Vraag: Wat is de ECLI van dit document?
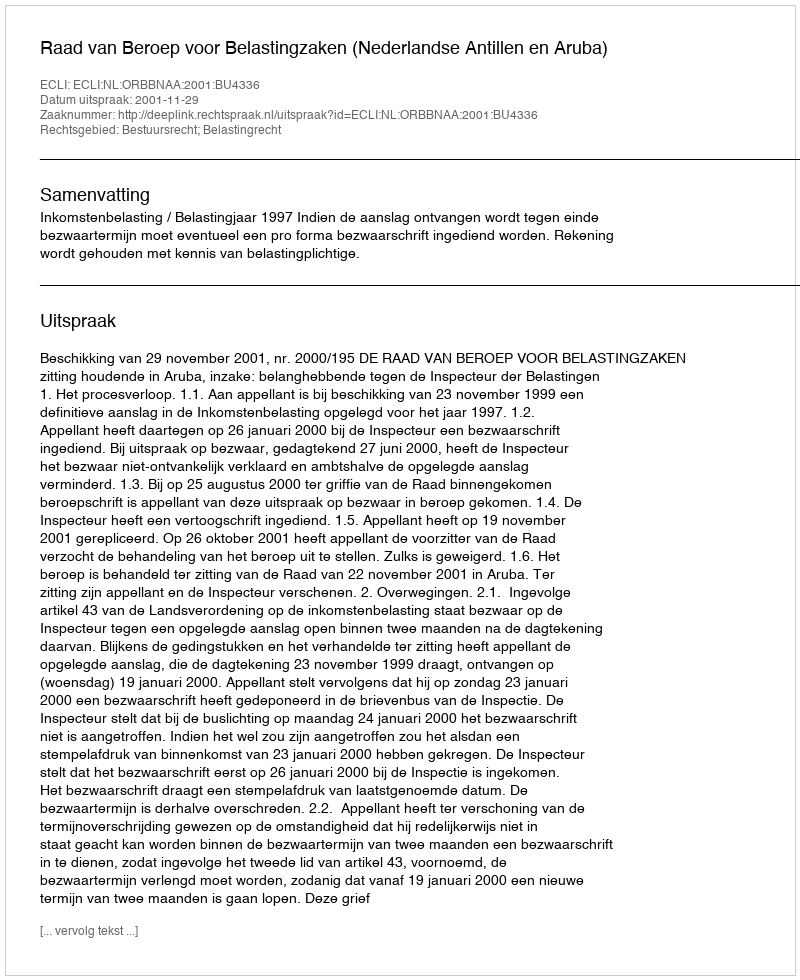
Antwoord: ECLI:NL:ORBBNAA:2001:BU4336